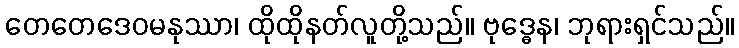
တေတေဒေဝမနုဿာ၊ ထိုထိုနတ်လူတို့သည်။ ဗုဒ္ဓေန၊ ဘုရားရှင်သည်။